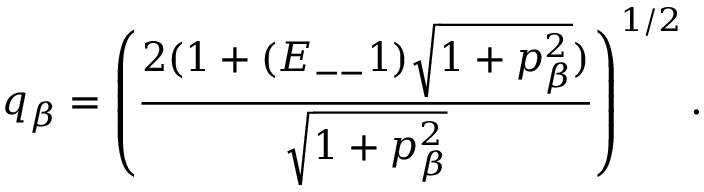
q _ { \beta } = \left( \frac { 2 ( 1 + ( E _ { -- } 1 ) \sqrt { 1 + p _ { \beta } ^ { 2 } } ) } { \sqrt { 1 + p _ { \beta } ^ { 2 } } } \right) ^ { 1 / 2 } .